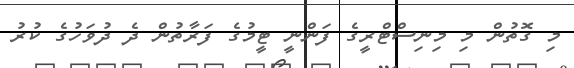
މި ގޮތުން މި މިނިސްޓްރީގެ ފަންނީ ޓީމުގެ ފަރާތުން ދެ ދުވަހުގެ ކުރު